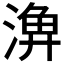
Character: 𣺆